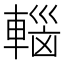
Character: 𮝟